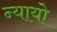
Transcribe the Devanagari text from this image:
न्यायो